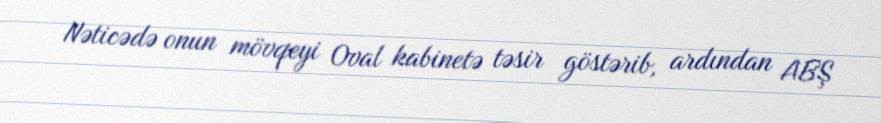
Nəticədə onun mövqeyi Oval kabinetə təsir göstərib, ardından ABŞ